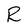
Character: R